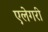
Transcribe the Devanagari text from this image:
एलेगरी